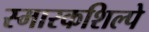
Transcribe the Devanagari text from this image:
स्मारकशिल्पे